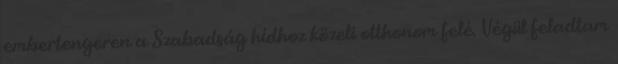
embertengeren a Szabadság hídhoz közeli otthonom felé. Végül feladtam